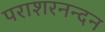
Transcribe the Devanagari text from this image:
पराशरनन्दन